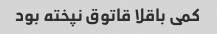
کمی باقلا قاتوق نپخته بود